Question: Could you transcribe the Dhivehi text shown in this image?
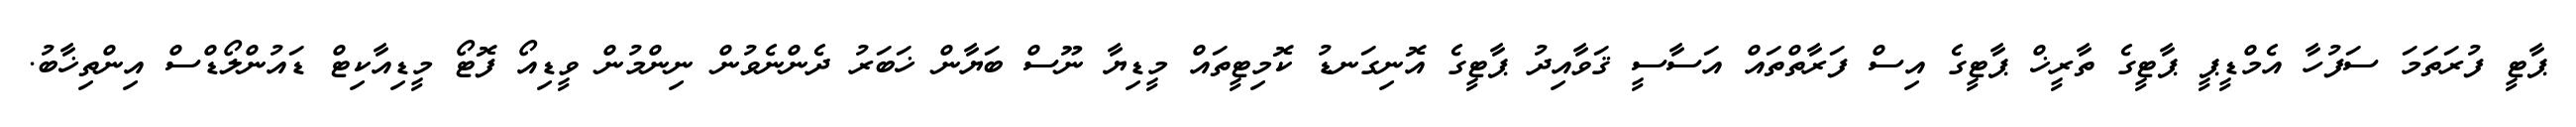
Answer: ޕާޓީ ފުރަތަމަ ސަފުހާ އެމްޑީޕީ ޕާޓީގެ ތާރީޚް ޕާޓީގެ އިސް ފަރާތްތައް އަސާސީ ޤަވާއިދު ޕާޓީގެ އޮނިގަނޑު ކޮމިޓީތައް މީޑިޔާ ނޫސް ބަޔާން ޚަބަރު ދެންނެވުން ނިންމުން ވީޑިއޯ ފޮޓޯ މީޑިއާކިޓް ޑައުންލޯޑްސް އިންތިޚާބު.